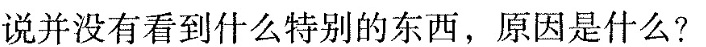
说并没有看到么特别的东西，原因是什么?